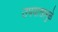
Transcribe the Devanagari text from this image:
उपवासामुळे